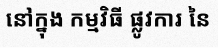
នៅក្នុង កម្មវិធី ផ្លូវការ នៃ